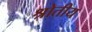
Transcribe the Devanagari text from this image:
श्रोतीय